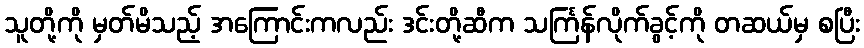
သူတို့ကို မှတ်မိသည့် အကြောင်းကလည်း ဒင်းတို့ဆီက သင်္ကြန်လိုက်ခွင့်ကို တဆယ်မှ စပြီး